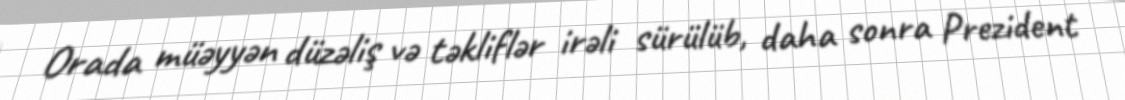
Orada müəyyən düzəliş və təkliflər irəli sürülüb, daha sonra Prezident